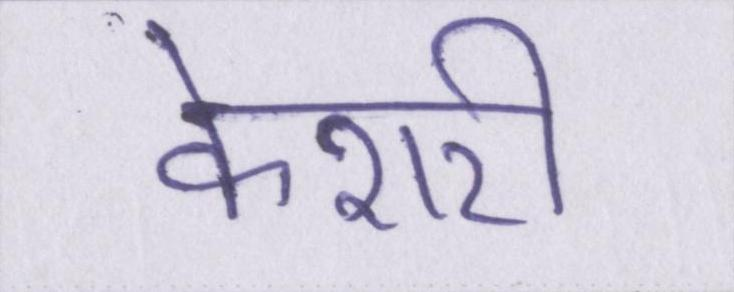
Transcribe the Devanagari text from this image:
केशरी